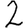
Digit: 2